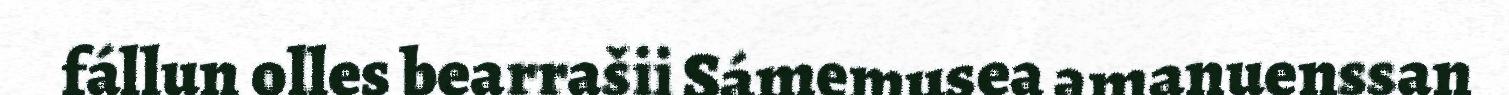
fállun olles bearrašii Sámemusea amanuenssan